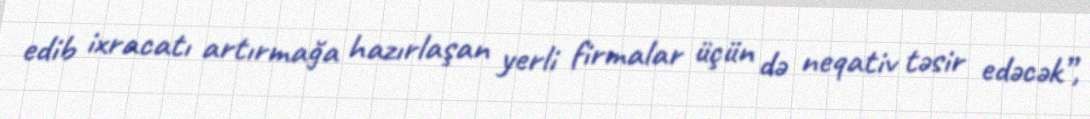
edib ixracatı artırmağa hazırlaşan yerli firmalar üçün də neqativ təsir edəcək”,